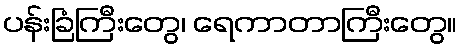
ပန်းခြံကြီးတွေ၊ ရေကာတာကြီးတွေ။